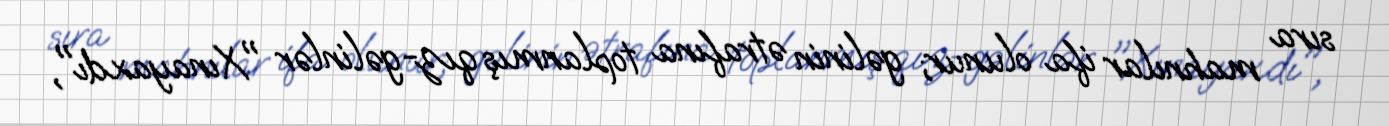
sıra mahnılar ifa olunur; gəlinin ətrafına toplanmış qız-gəlinlər "Xınayaxdı",